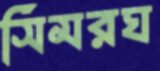
সিমরঘ